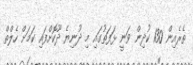
ތެރެއިން 130 ކުދިން ވަނީ ޅަފަތުގައި މި ދުނިޔެ ދޫކޮށްފައި ކަމަށް ހެލްތް